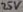
Text: 25V